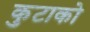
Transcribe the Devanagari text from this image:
कुटाको